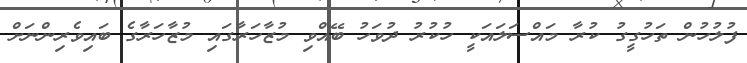
ފުލުހުން ތަހުގީގު ކުރާ މައްސަލައަކީ ހުކުރު ދުވަހު ބޭއްވި މުޒާހަރާގައި މުޒާހަރާގެ ބައިވެރިންނަށް